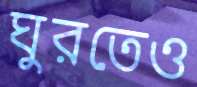
ঘুরতেও